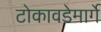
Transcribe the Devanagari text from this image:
टोकावडेमार्गे